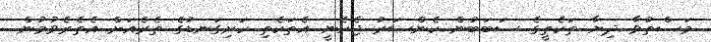
މަސްތުވާ ދިޔާ ތަކެތީގެ ސަބަބުން ކެންސަރު ޖެހެނީ އެތަކެތި ހަށިގަނޑުގެ ތެރެއަށް އެތެރެވުމުން